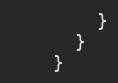
Language: C
        }
      }
    }